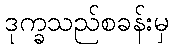
ဒုက္ခသည်စခန်းမှ